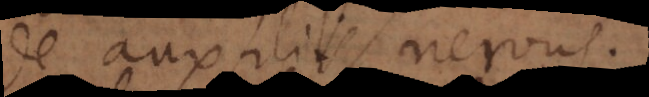
de auxiliis nervus.